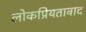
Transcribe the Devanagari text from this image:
लोकप्रियतावाद